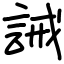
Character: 誡